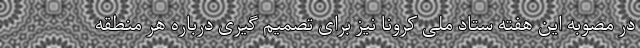
در مصوبه این هفته ستاد ملی کرونا نیز برای تصمیم گیری درباره هر منطقه